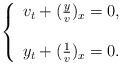
LaTeX: \begin{align*}\left\{ \begin{array}{ll} v_{t}+(\frac{y}{v})_x=0, \\ \\ y_{t}+(\frac{1}{v})_x=0. \end{array} \right.\end{align*}